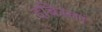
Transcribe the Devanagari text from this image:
दबिस्तां